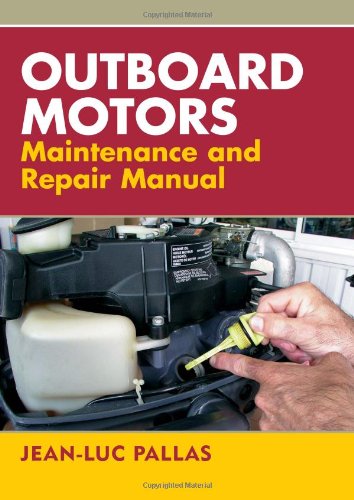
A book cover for Outboard Motors Maintenance and Repair Manual; Jean-Luc Pallas; Engineering & Transportation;